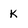
Character: k